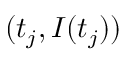
( t _ { j } , I ( t _ { j } ) )